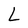
Character: L